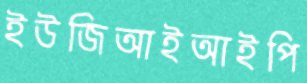
ইউজিআইআইপি